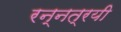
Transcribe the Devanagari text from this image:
रन्नत्रयी